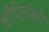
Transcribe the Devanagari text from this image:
श्रीपितांबरी